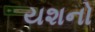
યશનો